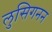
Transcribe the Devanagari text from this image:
लुसिगनन